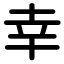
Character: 幸